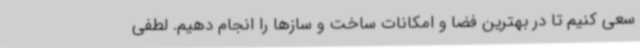
سعی کنیم تا در بهترین فضا و امکانات ساخت و سازها را انجام دهیم. لطفی